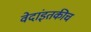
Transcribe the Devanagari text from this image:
वेदांइतकीच